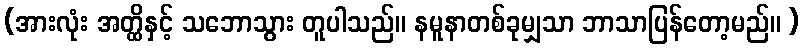
(အားလုံး အတ္ထိနှင့် သဘောသွား တူပါသည်။ နမူနာတစ်ခုမျှသာ ဘာသာပြန်တော့မည်။ )